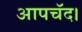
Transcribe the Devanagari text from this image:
आपचॅद।